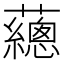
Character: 𧄉